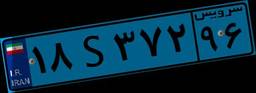
۲۰S۷۹۷۵۸